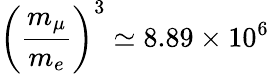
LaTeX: \left(\frac{m_{\mu}}{m_{e}}\right)^{3}\simeq 8.89\times 10^{6}